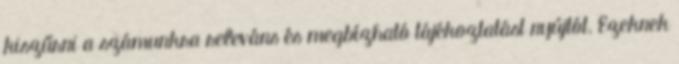
kiszűrni a számunkra releváns és megbízható tájékoztatást nyújtót. Ezeknek